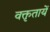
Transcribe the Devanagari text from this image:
वक्तृतायें